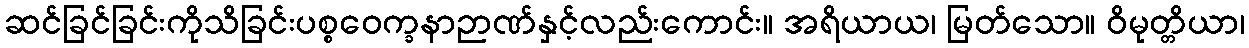
ဆင်ခြင်ခြင်းကိုသိခြင်းပစ္စဝေက္ခနာဉာဏ်နှင့်လည်းကောင်း။ အရိယာယ၊ မြတ်သော။ ဝိမုတ္တိယာ၊